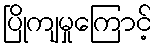
ပြိုကျမှုကြောင့်